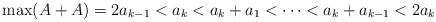
LaTeX: \begin{align*}\max(A+A) = 2a_{k-1} < a_k < a_k+a_1 < \cdots < a_k + a_{k-1} < 2a_k\end{align*}